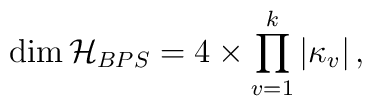
\dim {\cal H}_{BPS} = 4 \times \prod_{v=1}^k |\kappa_v| \, ,